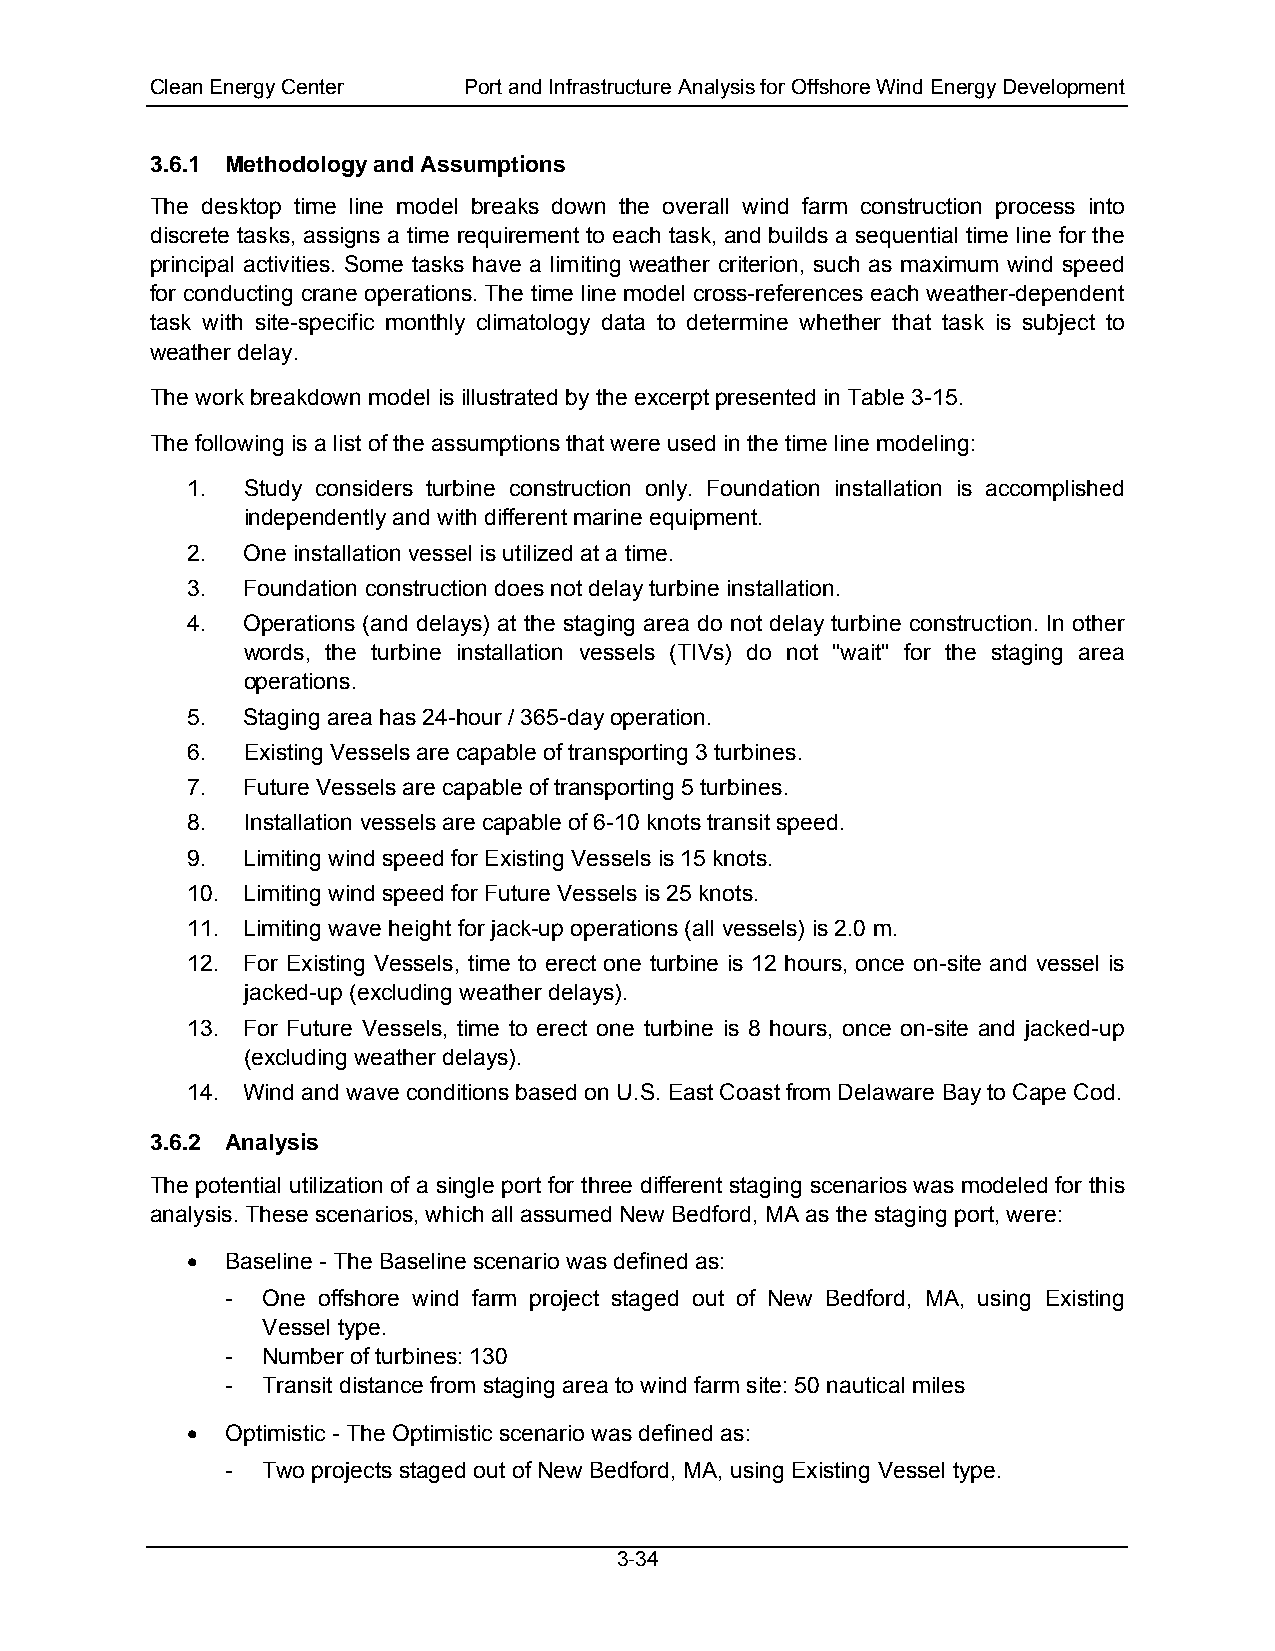
Clean Energy Center  Port and Infrastructure Analysis for Offshore Wind Energy Development
 3.6.1 Methodology and Assumptions
 The desktop time line model breaks down the overall wind farm construction process into
 discrete tasks, assigns a time requirement to each task, and builds a sequential time line for the
 principal activities. Some tasks have a limiting weather criterion, such as maximum wind speed
 for conducting crane operations. The time line model cross-references each weather-dependent
 task with site-specific monthly climatology data to determine whether that task is subject to
 weather delay.
 The work breakdown model is illustrated by the excerpt presented in Table 3-15.
 The following is a list of the assumptions that were used in the time line modeling:
 1.  Study considers turbine construction only. Foundation installation is accomplished
 independently and with different marine equipment.
 2.  One installation vessel is utilized at a time.
 3.  Foundation construction does not delay turbine installation.
 4.  Operations (and delays) at the staging area do not delay turbine construction. In other
 words, the turbine installation vessels (TIVs) do not "wait" for the staging area
 operations.
 5.  Staging area has 24-hour / 365-day operation.
 6.  Existing Vessels are capable of transporting 3 turbines.
 7.  Future Vessels are capable of transporting 5 turbines.
 8.  Installation vessels are capable of 6-10 knots transit speed.
 9.  Limiting wind speed for Existing Vessels is 15 knots.
 10. Limiting wind speed for Future Vessels is 25 knots.
 11. Limiting wave height for jack-up operations (all vessels) is 2.0 m.
 12. For Existing Vessels, time to erect one turbine is 12 hours, once on-site and vessel is
 jacked-up (excluding weather delays).
 13. For Future Vessels, time to erect one turbine is 8 hours, once on-site and jacked-up
 (excluding weather delays).
 14. Wind and wave conditions based on U.S. East Coast from Delaware Bay to Cape Cod.
 3.6.2 Analysis
 The potential utilization of a single port for three different staging scenarios was modeled for this
 analysis. These scenarios, which all assumed New Bedford, MA as the staging port, were:
 •  Baseline - The Baseline scenario was defined as:
 - One offshore wind farm project staged out of New Bedford, MA, using Existing
 Vessel type.
 - Number of turbines: 130
 - Transit distance from staging area to wind farm site: 50 nautical miles
 •  Optimistic - The Optimistic scenario was defined as:
 - Two projects staged out of New Bedford, MA, using Existing Vessel type.
 3-34